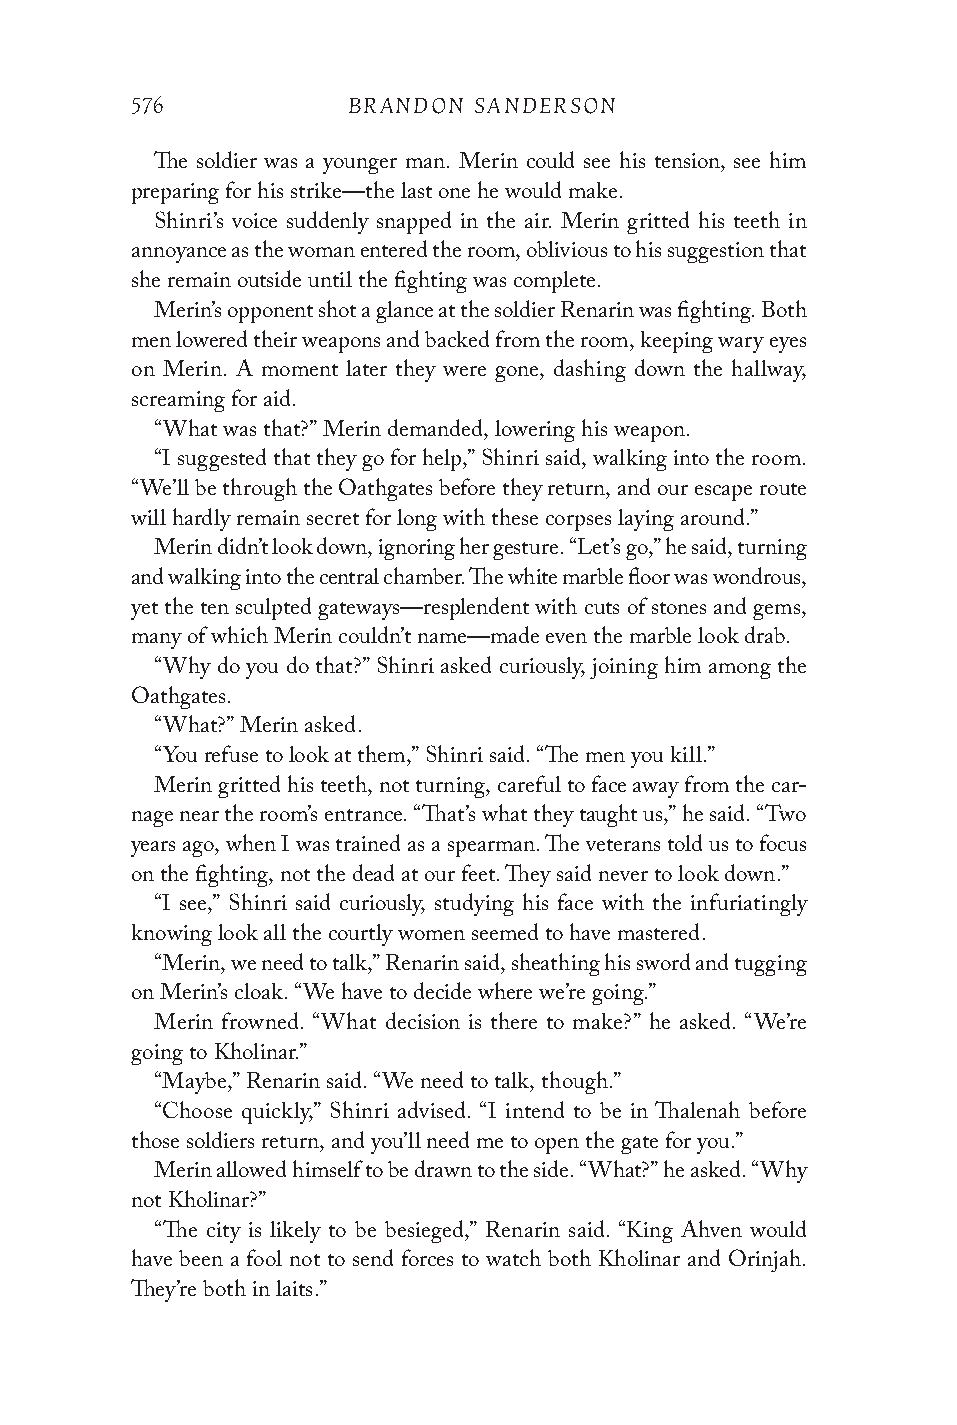
576           BRANDON SANDERSON
 The soldier was a younger man. Merin could see his tension, see him
 preparing for his strike—the last one he would make.
 Shinri’s voice suddenly snapped in the air. Merin gritted his teeth in
 annoyance as the woman entered the room, oblivious to his suggestion that
 she remain outside until the fighting was complete.
 Merin’s opponent shot a glance at the soldier Renarin was fighting. Both
 men lowered their weapons and backed from the room, keeping wary eyes
 on Merin. A moment later they were gone, dashing down the hallway,
 screaming for aid.
 “What was that?” Merin demanded, lowering his weapon.
 “I suggested that they go for help,” Shinri said, walking into the room.
 “We’ll be through the Oathgates before they return, and our escape route
 will hardly remain secret for long with these corpses laying around.”
 Merin didn’t look down, ignoring her gesture. “Let’s go,” he said, turning
 and walking into the central chamber. The white marble floor was wondrous,
 yet the ten sculpted gateways—resplendent with cuts of stones and gems,
 many of which Merin couldn’t name—made even the marble look drab.
 “Why do you do that?” Shinri asked curiously, joining him among the
 Oathgates.
 “What?” Merin asked.
 “You refuse to look at them,” Shinri said. “The men you kill.”
 Merin gritted his teeth, not turning, careful to face away from the car-
 nage near the room’s entrance. “That’s what they taught us,” he said. “Two
 years ago, when I was trained as a spearman. The veterans told us to focus
 on the fighting, not the dead at our feet. They said never to look down.”
 “I see,” Shinri said curiously, studying his face with the infuriatingly
 knowing look all the courtly women seemed to have mastered.
 “Merin, we need to talk,” Renarin said, sheathing his sword and tugging
 on Merin’s cloak. “We have to decide where we’re going.”
 Merin frowned. “What decision is there to make?” he asked. “We’re
 going to Kholinar.”
 “Maybe,” Renarin said. “We need to talk, though.”
 “Choose quickly,” Shinri advised. “I intend to be in Thalenah before
 those soldiers return, and you’ll need me to open the gate for you.”
 Merin allowed himself to be drawn to the side. “What?” he asked. “Why
 not Kholinar?”
 “The city is likely to be besieged,” Renarin said. “King Ahven would
 have been a fool not to send forces to watch both Kholinar and Orinjah.
 They’re both in laits.”